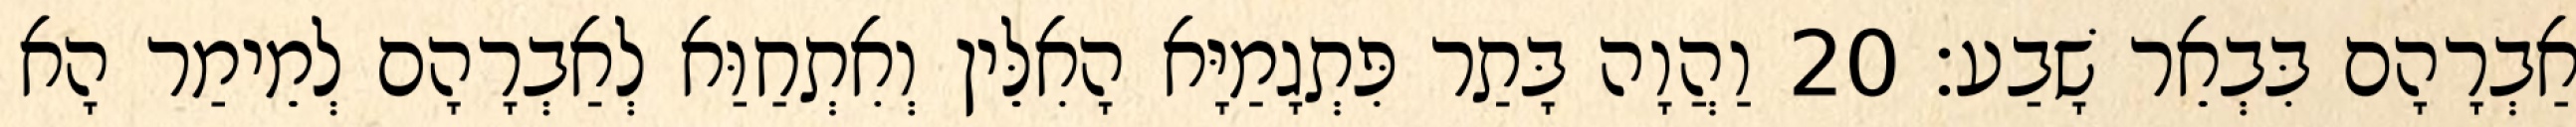
אַבְרָהָם בִּבְאֵר שָׁבַע׃ 20 וַהֲוָה בָּתַר פִּתְגָמַיָּא הָאִלֵּין וְאִתְחַוַּא לְאַבְרָהָם לְמֵימַר הָא